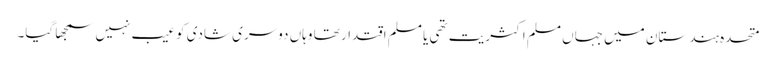
متحدہ ہندستان میں جہاں مسلم اکثریت تھی یا مسلم اقتدار تھا وہاں دوسری شادی کو عیب نہیں سمجھا گیا۔